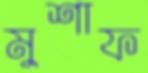
মুশাফ